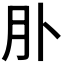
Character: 𦘱